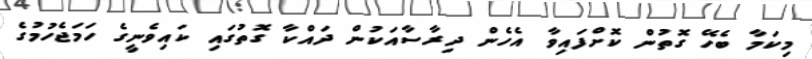
މިކަމާ ބެހޭ ގޮތުން ކޮށްފައިވާ އެހެން ދިރާސާއަކުން ދައްކާ ގޮތުގައި ކައިވެނީގެ ހަމަޖެހުމުގެ